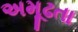
અમૂઢતા